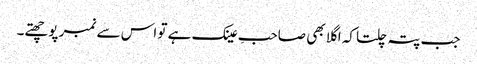
جب پتہ چلتا کہ اگلا بھی صاحبِ عینک ہے تو اس سے نمبر پوچھتے۔